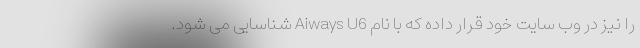
را نیز در وب سایت خود قرار داده که با نام Aiways U6 شناسایی می شود.